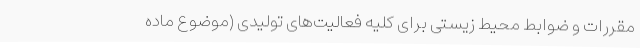
مقررات و ضوابط محیط زیستی برای کلیه فعالیت‌های تولیدی (موضوع ماده